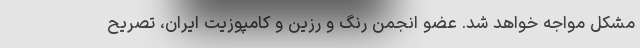
مشکل مواجه خواهد شد. عضو انجمن رنگ و رزین و کامپوزیت ایران، تصریح